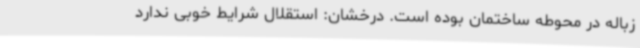
زباله در محوطه ساختمان بوده است. درخشان: استقلال شرایط خوبی ندارد